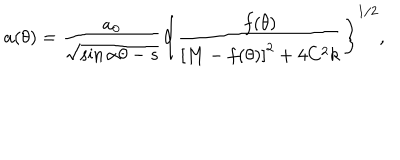
LaTeX: a ( \theta ) = \frac { a _ { 0 } } { \sqrt { \sin \alpha \theta - s } } \left\{ \frac { f ( \theta ) } { \left[ M - f ( \theta ) \right] ^ { 2 } + 4 C ^ { 2 } k } \right\} ^ { 1 / 2 } ,